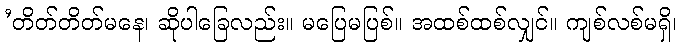
’တိတ်တိတ်မနေ၊ ဆိုပါခြေလည်း။ မပြေမပြစ်။ အထစ်ထစ်လျှင်။ ကျစ်လစ်မရှိ၊